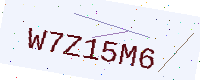
Text: W7Z15M6